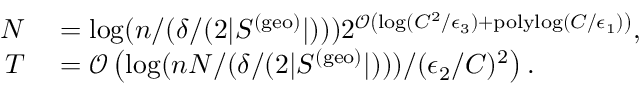
\begin{array} { r l } { N } & { { } = \log ( n / ( \delta / ( 2 | S ^ { ( \mathrm { g e o } ) } | ) ) ) 2 ^ { \mathcal { O } \left( \log ( C ^ { 2 } / \epsilon _ { 3 } ) + \mathrm { p o l y l o g } ( C / \epsilon _ { 1 } ) \right) } , } \\ { T } & { { } = \mathcal { O } \left( \log ( n N / ( \delta / ( 2 | S ^ { ( \mathrm { g e o } ) } | ) ) ) / ( \epsilon _ { 2 } / C ) ^ { 2 } \right) . } \end{array}